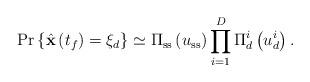
LaTeX: \begin{align*}\Pr\left\{\hat{\mathbf{x}}\left(t_f\right)=\xi_d\right\}\simeq\Pi_\mathrm{ss}\left(u_\mathrm{ss}\right)\prod_{i=1}^D\Pi_d^i\left(u_d^i\right).\end{align*}